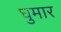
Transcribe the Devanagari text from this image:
घुमार